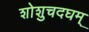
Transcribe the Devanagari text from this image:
शोशुचदघम्